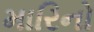
મારિનો